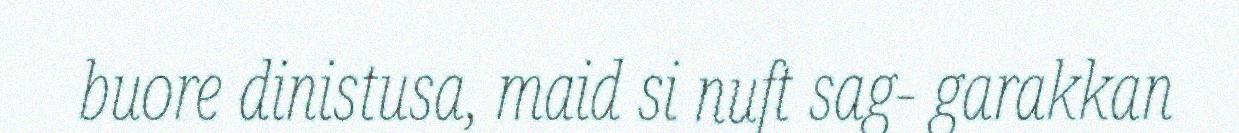
buore dinistusa, maid si nuft sag- garakkan